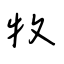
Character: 牧